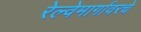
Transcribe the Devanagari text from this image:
रेल्वेमार्गावरचे